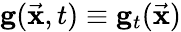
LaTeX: {\mathbf g}(\vec{\mathbf x},t)\equiv{\mathbf g}_{t}(\vec{\mathbf x})